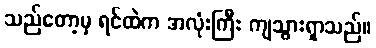
သည်တော့မှ ရင်ထဲက အလုံးကြီး ကျသွားရှာသည်။